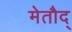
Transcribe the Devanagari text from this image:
मेतौद्